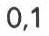
0,1